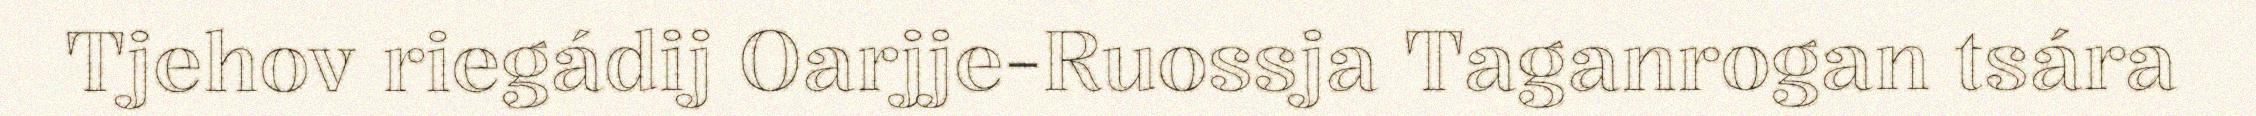
Tjehov riegádij Oarjje-Ruossja Taganrogan tsára